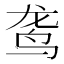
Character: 𫛟